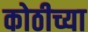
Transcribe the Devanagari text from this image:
कोठीच्या